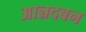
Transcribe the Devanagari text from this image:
आन्नदबन